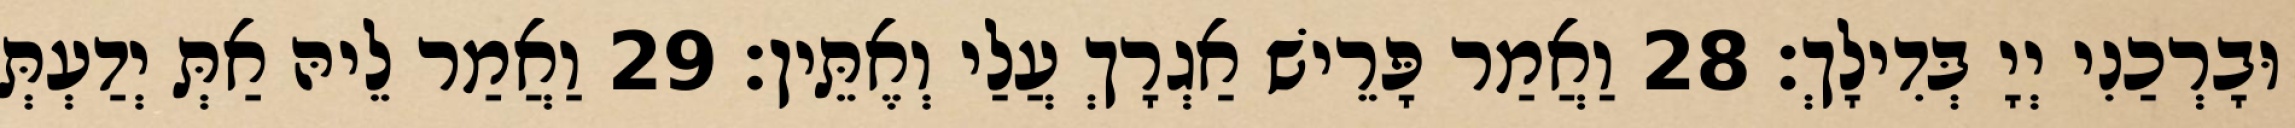
וּבָרְכַנִי יְיָ בְּדִילָךְ׃ 28 וַאֲמַר פָּרֵישׁ אַגְרָךְ עֲלַי וְאֶתֵּין׃ 29 וַאֲמַר לֵיהּ אַתְּ יְדַעְתְּ